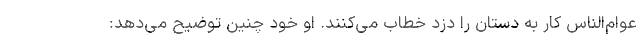
عوام‌الناس کار به دستان را دزد خطاب می‌کنند. او خود چنین توضیح می‌دهد: